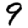
Digit: 9